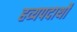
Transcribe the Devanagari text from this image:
हव्यपदार्थों